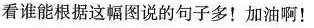
看谁能根据这幅图说的句子多！加油啊！